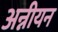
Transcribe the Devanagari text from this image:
अन्नीयन